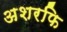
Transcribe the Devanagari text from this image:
अशरफि